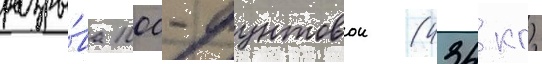
разры́ва 1000-фунтовои (434 кг)